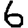
Digit: 6